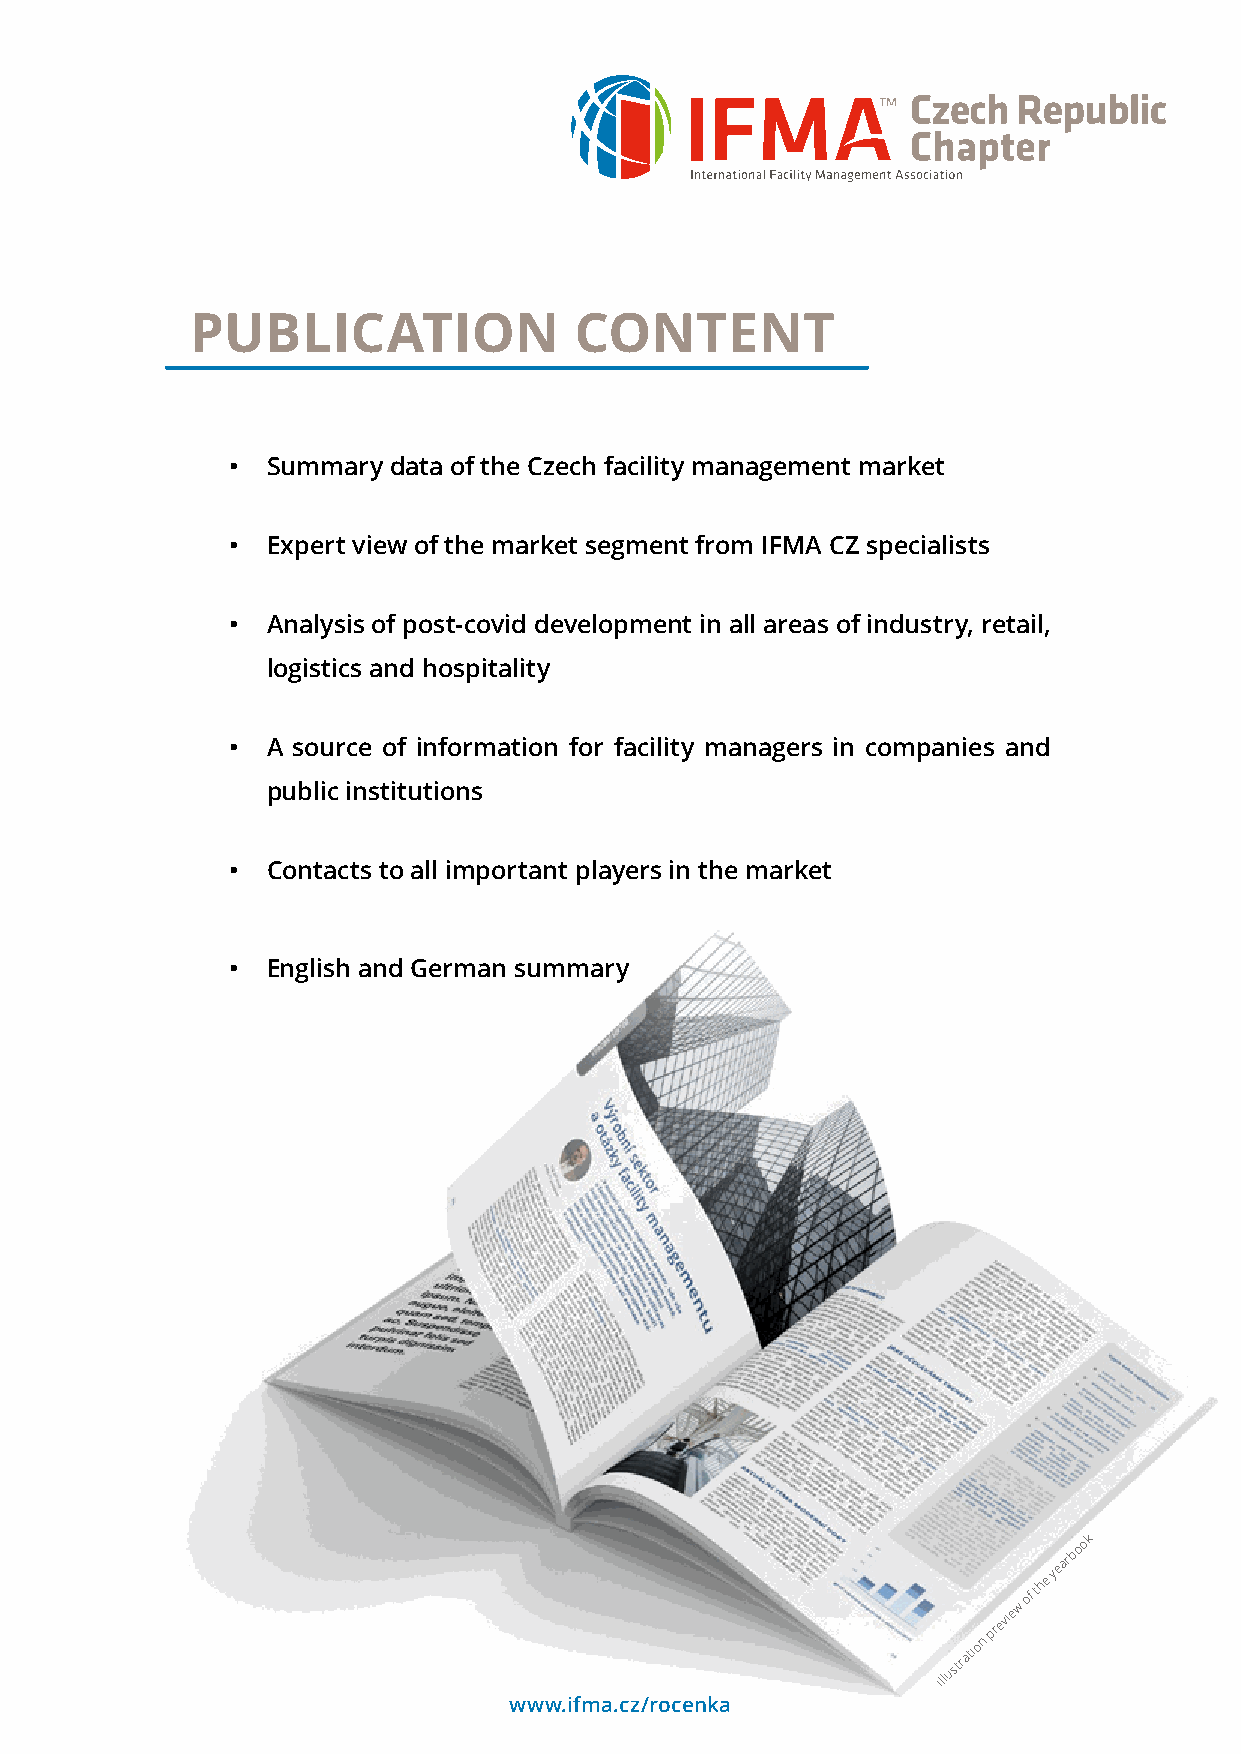
PUBLICATION              CONTENT
 •  Summary data of the Czech facility management market
 •  Expert view of the market segment from IFMA CZ specialists
 •  Analysis of post-covid development in all areas of industry, retail,
 logistics and hospitality
 •  A source of information for facility managers in companies and
 public institutions
 •  Contacts to all important players in the market
 •  English and German summary
 w
 of
 the
 yearbook
 illustration
 previe
 www.ifma.cz/rocenka